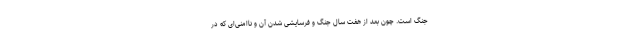
جنگ است. چون بعد از هفت سال جنگ و فرسایشی شدن آن و ناامنی‌ای که در